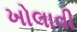
ખોલાવી